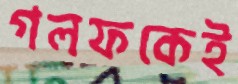
গলফকেই